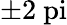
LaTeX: \pm 2\mathrm{\ pi}